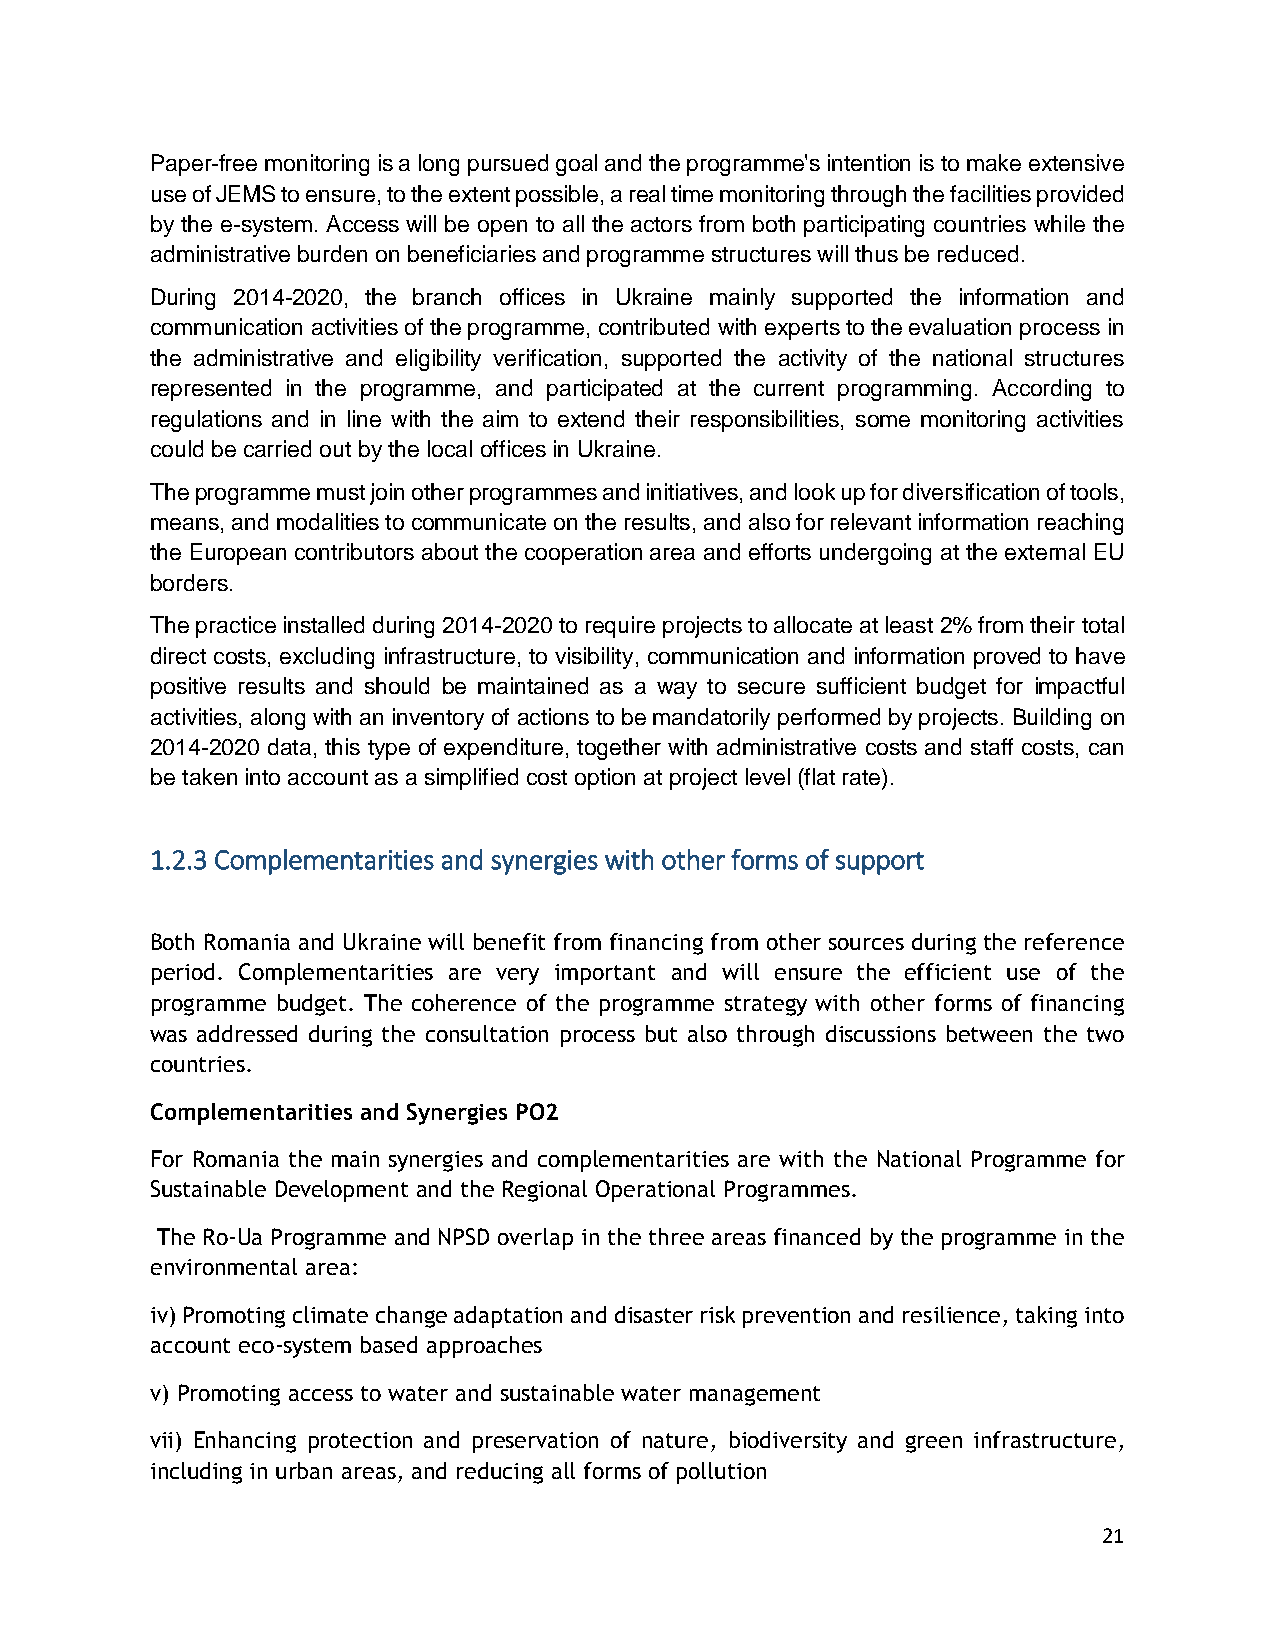
Paper-free monitoring is a long pursued goal and the programme's intention is to make extensive
 use of JEMS to ensure, to the extent possible, a real time monitoring through the facilities provided
 by the e-system. Access will be open to all the actors from both participating countries while the
 administrative burden on beneficiaries and programme structures will thus be reduced.
 During 2014-2020, the branch offices in Ukraine mainly supported the information and
 communication activities of the programme, contributed with experts to the evaluation process in
 the administrative and eligibility verification, supported the activity of the national structures
 represented in the programme, and participated at the current programming. According to
 regulations and in line with the aim to extend their responsibilities, some monitoring activities
 could be carried out by the local offices in Ukraine.
 The programme must join other programmes and initiatives, and look up for diversification of tools,
 means, and modalities to communicate on the results, and also for relevant information reaching
 the European contributors about the cooperation area and efforts undergoing at the external EU
 borders.
 The practice installed during 2014-2020 to require projects to allocate at least 2% from their total
 direct costs, excluding infrastructure, to visibility, communication and information proved to have
 positive results and should be maintained as a way to secure sufficient budget for impactful
 activities, along with an inventory of actions to be mandatorily performed by projects. Building on
 2014-2020 data, this type of expenditure, together with administrative costs and staff costs, can
 be taken into account as a simplified cost option at project level (flat rate).
 1.2.3 Complementarities and synergies with other forms of support
 Both Romania and Ukraine will benefit from financing from other sources during the reference
 period. Complementarities are very important and will ensure the efficient use of the
 programme budget. The coherence of the programme strategy with other forms of financing
 was addressed during the consultation process but also through discussions between the two
 countries.
 Complementarities and Synergies PO2
 For Romania the main synergies and complementarities are with the National Programme for
 Sustainable Development and the Regional Operational Programmes.
 The Ro-Ua Programme and NPSD overlap in the three areas financed by the programme in the
 environmental area:
 iv) Promoting climate change adaptation and disaster risk prevention and resilience, taking into
 account eco-system based approaches
 v) Promoting access to water and sustainable water management
 vii) Enhancing protection and preservation of nature, biodiversity and green infrastructure,
 including in urban areas, and reducing all forms of pollution
 21